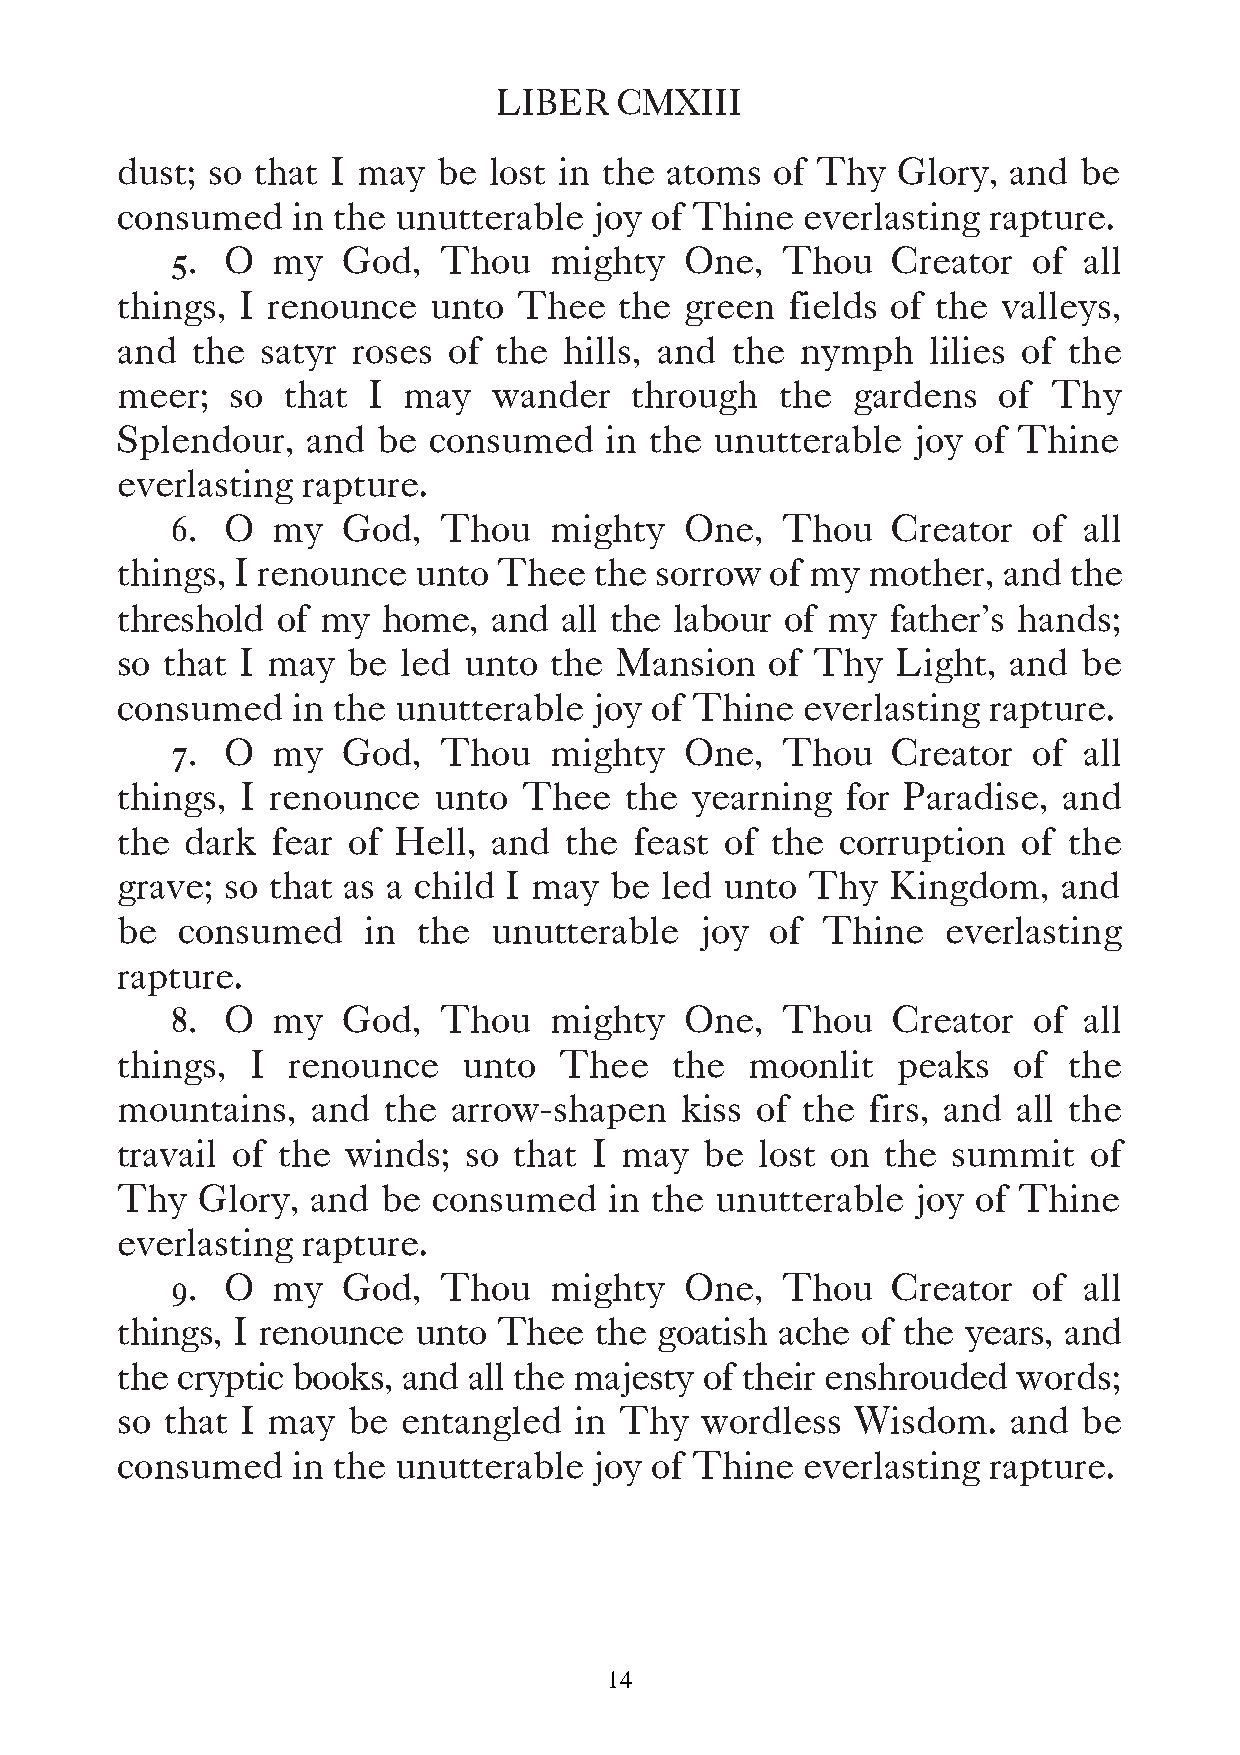
LIBER   CMXIII
 dust; so that I may  be lost in the atoms  of Thy  Glory,  and be
 consumed   in the unutterable  joy of Thine  everlasting rapture.
 5.  O  my   God,  Thou   mighty   One,   Thou   Creator  of  all
 things, I renounce  unto  Thee   the green  fields of the valleys,
 and  the satyr roses  of the hills, and the  nymph    lilies of the
 meer;  so  that I  may   wander   through   the gardens   of  Thy
 Splendour,  and  be consumed    in the unutterable  joy of Thine
 everlasting rapture.
 6.  O  my   God,  Thou   mighty   One,   Thou   Creator  of  all
 things, I renounce  unto Thee  the sorrow  of my mother,  and  the
 threshold of my  home,   and all the labour of my  father’s hands;
 so that I may  be  led unto the  Mansion   of Thy  Light,  and  be
 consumed   in the unutterable  joy of Thine  everlasting rapture.
 7.  O  my   God,  Thou   mighty   One,   Thou   Creator  of  all
 things, I renounce   unto  Thee  the  yearning  for Paradise, and
 the dark  fear of Hell,  and the  feast of the  corruption  of the
 grave; so that as a child I may be  led unto  Thy  Kingdom,   and
 be  consumed    in  the unutterable   joy  of Thine    everlasting
 rapture.
 8.  O  my   God,  Thou   mighty   One,   Thou   Creator  of  all
 things,  I renounce    unto  Thee   the   moonlit  peaks   of  the
 mountains,   and the  arrow-shapen   kiss of the  firs, and all the
 travail of the winds;  so that I may   be lost on  the summit   of
 Thy  Glory,  and be  consumed   in the unutterable   joy of Thine
 everlasting rapture.
 9.  O  my   God,  Thou   mighty   One,   Thou   Creator  of  all
 things, I renounce unto  Thee  the  goatish ache of the years, and
 the cryptic books, and all the majesty of their enshrouded words;
 so that I may  be  entangled  in Thy  wordless   Wisdom.   and  be
 consumed   in the unutterable  joy of Thine  everlasting rapture.
 14